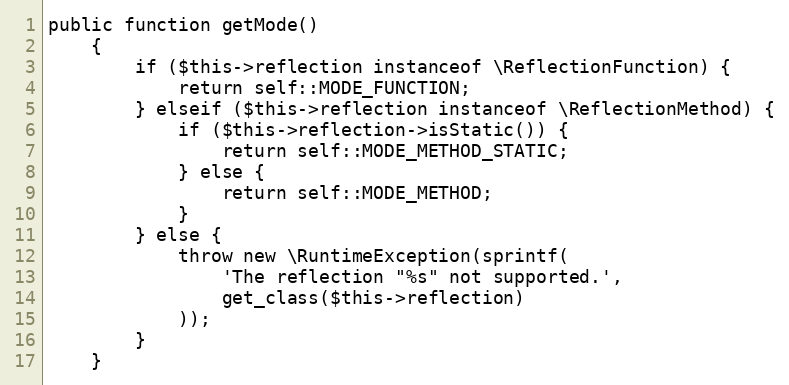
Language: PHP
public function getMode()
    {
        if ($this->reflection instanceof \ReflectionFunction) {
            return self::MODE_FUNCTION;
        } elseif ($this->reflection instanceof \ReflectionMethod) {
            if ($this->reflection->isStatic()) {
                return self::MODE_METHOD_STATIC;
            } else {
                return self::MODE_METHOD;
            }
        } else {
            throw new \RuntimeException(sprintf(
                'The reflection "%s" not supported.',
                get_class($this->reflection)
            ));
        }
    }